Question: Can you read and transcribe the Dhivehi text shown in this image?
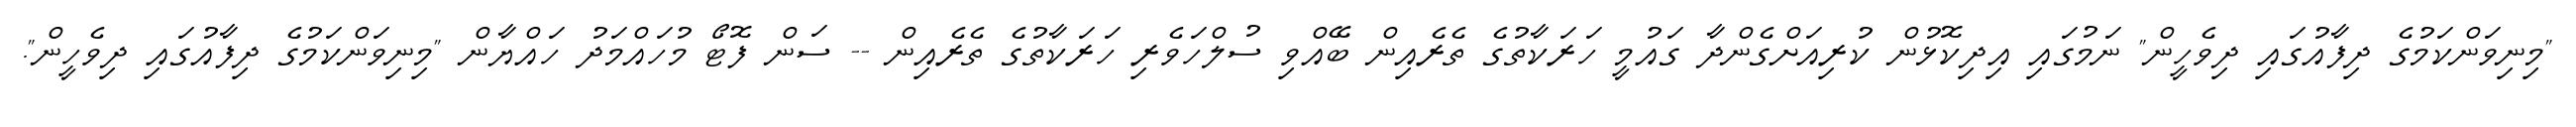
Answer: "މިނިވަންކަމުގެ ދިފާއުގައި ދިވެހީން" ނަމުގައި އިދިކޮޅުން ކުރިއަށްގެންދާ ގައުމީ ހަރަކާތުގެ ތެރެއިން ބޭއްވި ސުލްހަވެރި ހަރަކާތުގެ ތެރެއިން -- ސަން ފޮޓޯ މުހައްމަދު ހައްޔާން "މިނިވަންކަމުގެ ދިފާއުގައި ދިވެހީން".